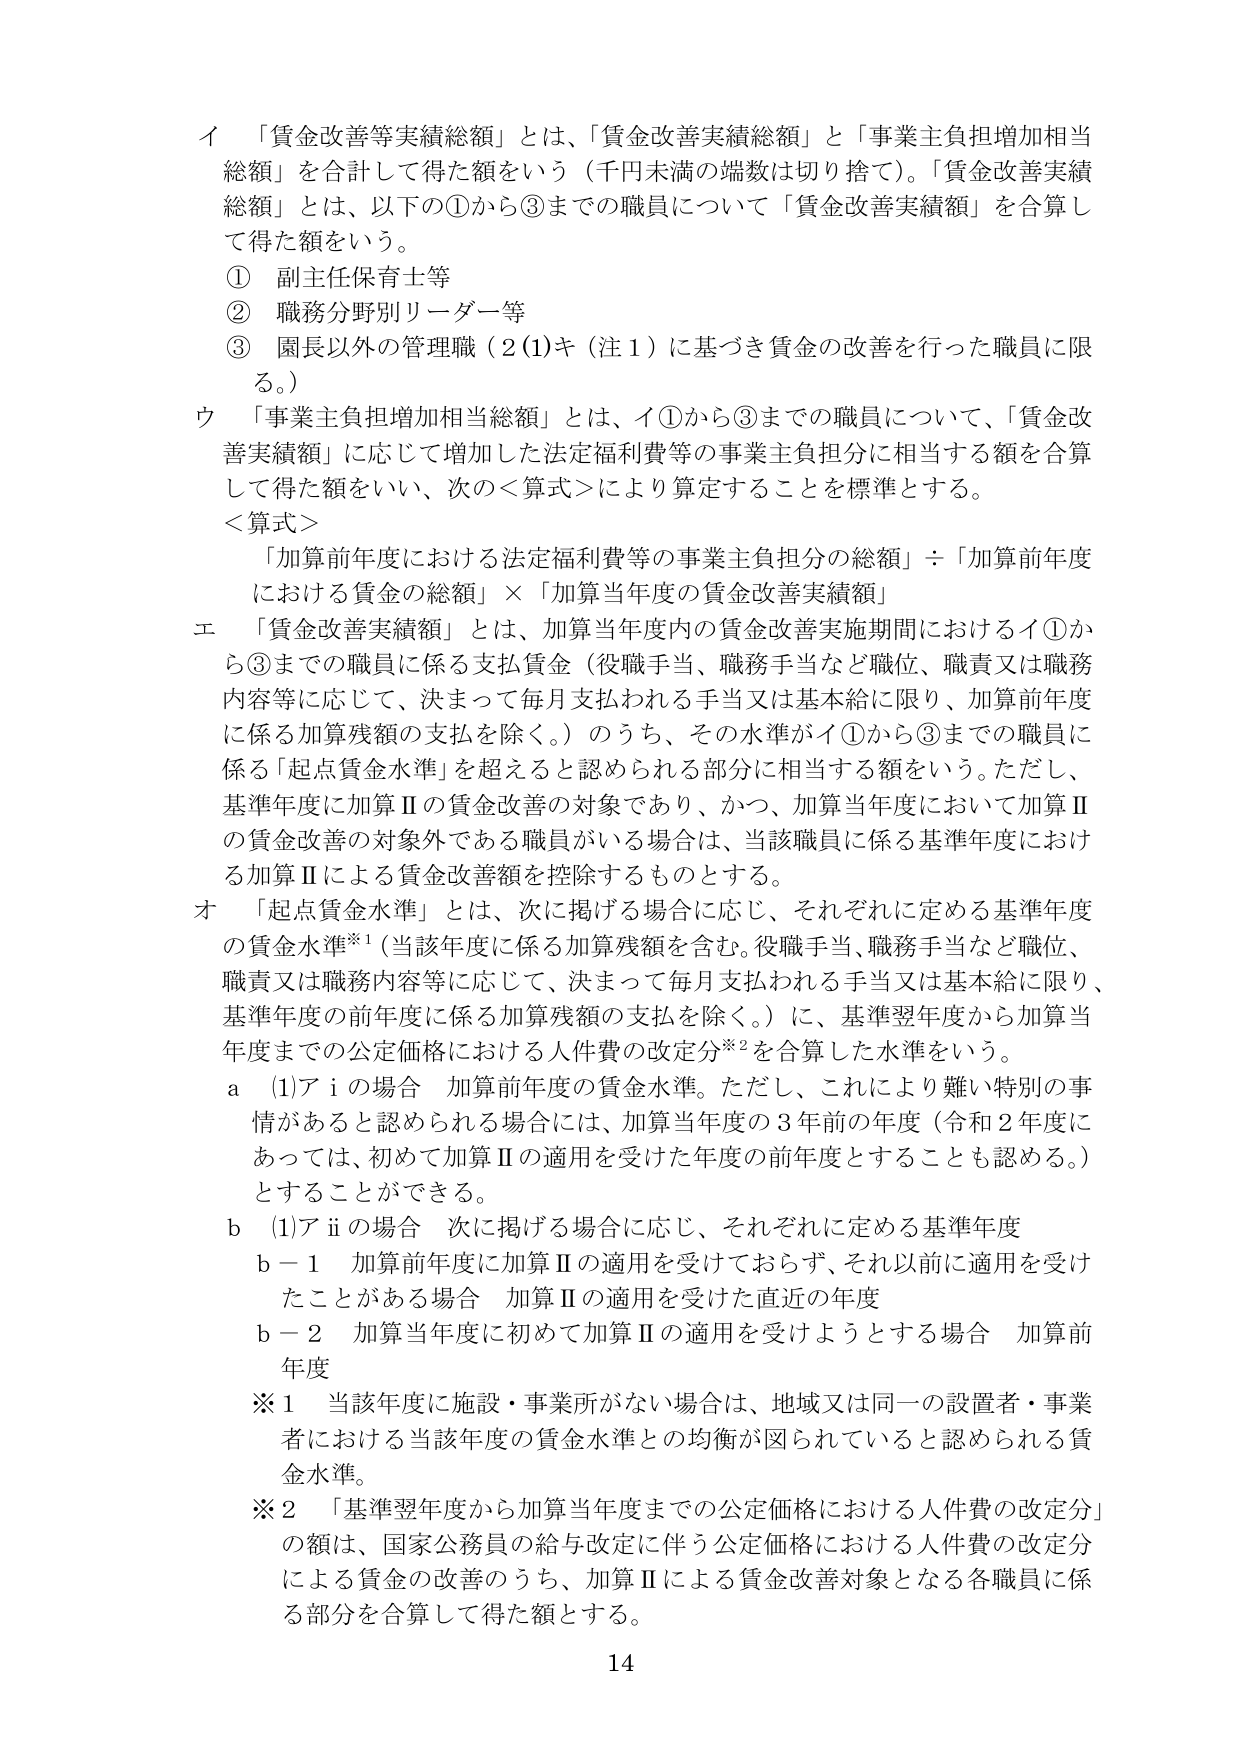
イ 「賃金改善等実績総額」とは、「賃金改善実績総額」と「事業主負担増加相当総額」を合計して得た額をいう（千円未満の端数は切り捨て）。「賃金改善実績総額」とは、以下の①から③までの職員について「賃金改善実績額」を合算して得た額をいう。

① 副主任保育士等
② 職務分野別リーダー等
③ 園長以外の管理職（2(1)キ（注1）に基づき賃金の改善を行った職員に限る。）

ウ 「事業主負担増加相当総額」とは、イ①から③までの職員について、「賃金改善実績額」に応じて増加した法定福利費等の事業主負担分に相当する額を合算して得た額をいい、次の＜算式＞により算定することを標準とする。

＜算式＞
「加算前年度における法定福利費等の事業主負担分の総額」÷「加算前年度における賃金の総額」×「加算当年度の賃金改善実績額」

エ 「賃金改善実績額」とは、加算当年度内の賃金改善実施期間におけるイ①から③までの職員に係る支払賃金（役職手当、職務手当など職位、職責又は職務内容等に応じて、決まって毎月支払われる手当又は基本給に限り、加算前年度に係る加算残額の支払を除く。）のうち、その水準がイ①から③までの職員に係る「起点賃金水準」を超えると認められる部分に相当する額をいう。ただし、基準年度に加算Ⅱの賃金改善の対象であり、かつ、加算当年度において加算Ⅱの賃金改善の対象外である職員がいる場合は、当該職員に係る基準年度における加算Ⅱによる賃金改善額を控除するものとする。

オ 「起点賃金水準」とは、次に掲げる場合に応じ、それぞれに定める基準年度の賃金水準※1（当該年度に係る加算残額を含む。役職手当、職務手当など職位、職責又は職務内容等に応じて、決まって毎月支払われる手当又は基本給に限り、基準年度の前年度に係る加算残額の支払を除く。）に、基準翌年度から加算当年度までの公定価格における人件費の改定分※2を合算した水準をいう。

a (1)アiの場合 加算前年度の賃金水準。ただし、これにより難い特別の事情があると認められる場合には、加算当年度の3年前の年度（令和2年度にあっては、初めて加算Ⅱの適用を受けた年度の前年度とすることも認める。）とすることができる。

b (1)アiiの場合 次に掲げる場合に応じ、それぞれに定める基準年度
b－1 加算前年度に加算Ⅱの適用を受けておらず、それ以前に適用を受けたことがある場合 加算Ⅱの適用を受けた直近の年度
b－2 加算当年度に初めて加算Ⅱの適用を受けようとする場合 加算前年度

※1 当該年度に施設・事業所がない場合は、地域又は同一の設置者・事業者における当該年度の賃金水準との均衡が図られていると認められる賃金水準。

※2 「基準翌年度から加算当年度までの公定価格における人件費の改定分」の額は、国家公務員の給与改定に伴う公定価格における人件費の改定分による賃金の改善のうち、加算Ⅱによる賃金改善対象となる各職員に係る部分を合算して得た額とする。

14